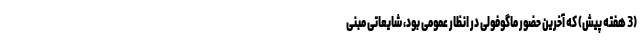
(3 هفته پیش) که آخرین حضور ماگوفولی در انظار عمومی بود، شایعاتی مبنی